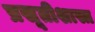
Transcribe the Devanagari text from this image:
प्रसूतीशास्त्र